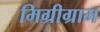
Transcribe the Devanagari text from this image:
मिग्रीग्राम